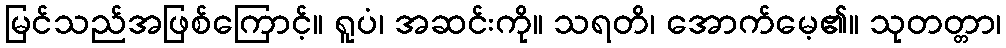
မြင်သည်အဖြစ်ကြောင့်။ ရူပံ၊ အဆင်းကို။ သရတိ၊ အောက်မေ့၏။ သုတတ္တာ၊